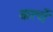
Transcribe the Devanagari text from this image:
कर्त्ये